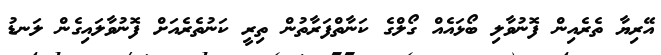
އޭރިޔާ ތެރެއިން ފޮނުވާލި ބޯޅައެއް ގޯލްގެ ކަނާތްފަރާތުން ތިރީ ކަނުތެރެއަށް ފޮނުވާލައިގެން ލަނޑު